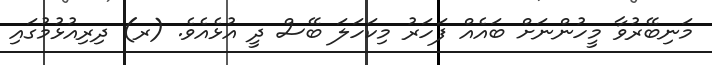
މަނިބޭރުވާ މީހުންނަށް ބައެއް ފަހަރު މިކަހަލަ ބޭސް ދީ އުޅެއެވެ. (ރ) ދިރިއުޅުމުގައި